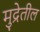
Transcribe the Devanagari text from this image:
मुद्रेतील